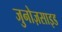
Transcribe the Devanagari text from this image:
जुनोज़साइड